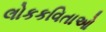
લોકકવિતાઓ